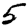
Digit: 5